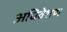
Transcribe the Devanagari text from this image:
अधिवेशण